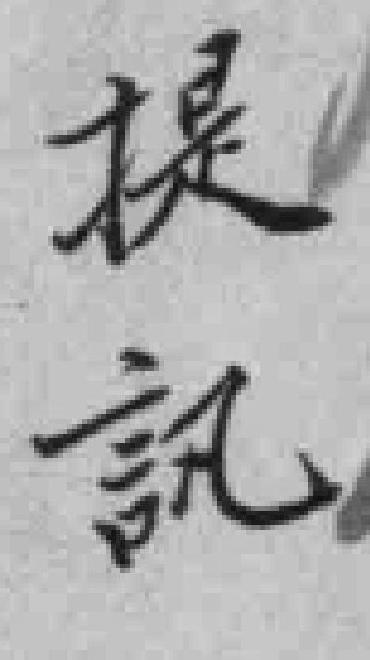
提訊